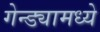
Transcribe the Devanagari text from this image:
गेन्ड्यामध्ये